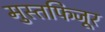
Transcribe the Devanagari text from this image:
मुस्तफिजूर